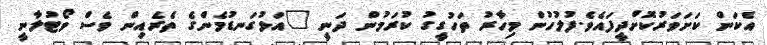
އެކަން ކަށަވަރުކޮށްދީފައެވެ.ފުލުހުން މިހާރު ތަހުގީގު ކުރަމުން ދަނީ "އަޅުގަނޑުމެންގެ ތެރެއިން ވެސް ވޯޓުލާނީ